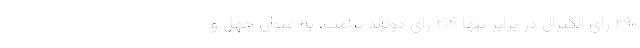
۲۹۰ رای الکترال در برابر تنها ۲۱۴ رای دونالد ترامپ، به عنوان چهل و